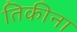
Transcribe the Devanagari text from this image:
तिकीना